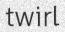
twirl